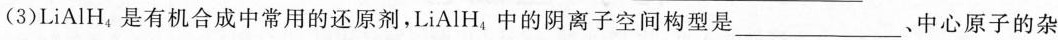
(3)LiAlH_{4}是有机合成中常用的还原剂，LiAlH_{4}中的阴离子空间构型是___、中心原子的杂